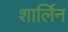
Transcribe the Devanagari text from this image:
शार्लिन